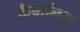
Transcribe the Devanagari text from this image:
कैबानिस